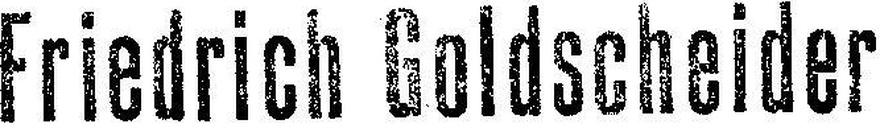
Friedrich Goldscheider